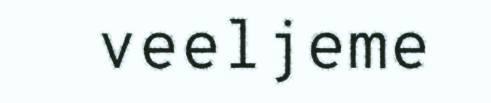
veeljeme